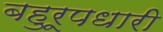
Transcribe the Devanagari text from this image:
बहुरूपधारी